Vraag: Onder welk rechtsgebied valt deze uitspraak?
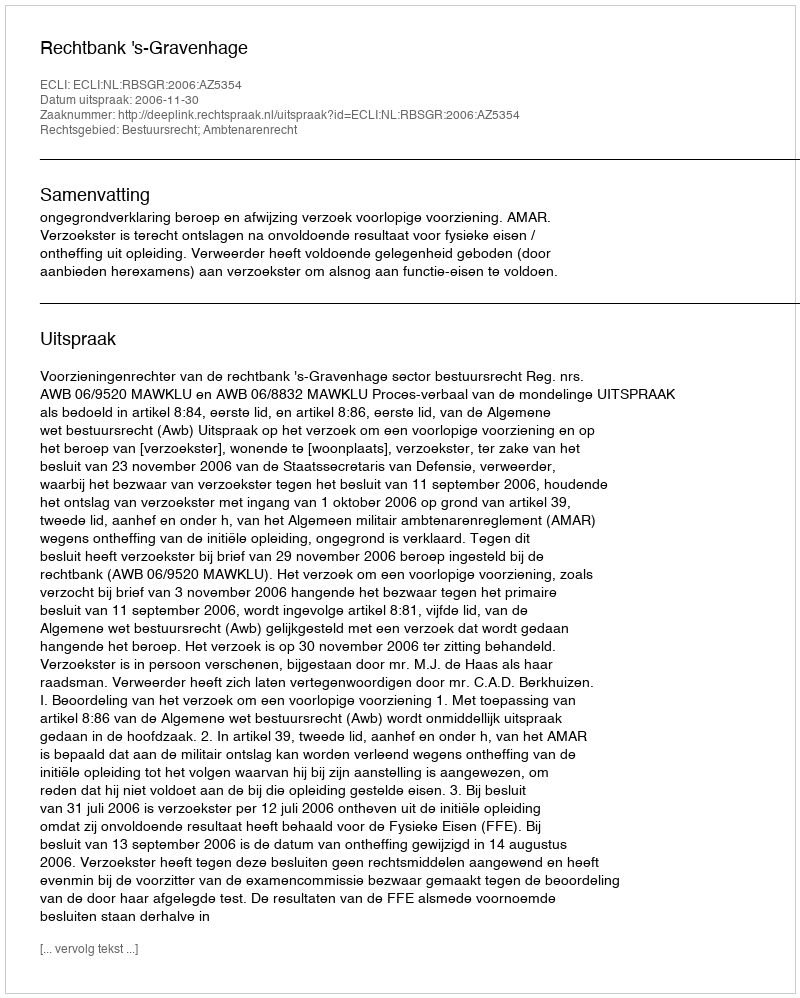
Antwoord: Bestuursrecht; Ambtenarenrecht